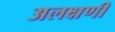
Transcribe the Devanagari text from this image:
अलक्षणी